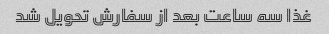
غذا سه ساعت بعد از سفارش تحویل شد